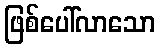
ဖြစ်ပေါ်လာသော